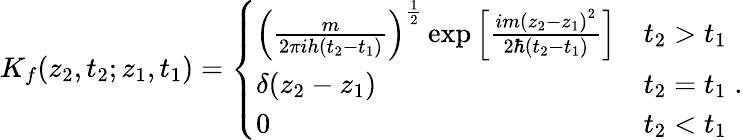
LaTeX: K_{f}(z_{2},t_{2};z_{1},t_{1})=\left\{ \begin{array}{ll}{{{\left(\frac{m}{2\pi ih(t_{2}-t_{1})}\right)}^{\frac{1}{2}}\exp\left[\frac{im{(z_{2}-z_{1})}^{2}}{2\hbar(t_{2}-t_{1})}\right]}}&{{t_{2}>t_{1}}}\\ {{\delta(z_{2}-z_{1})}}&{{t_{2}=t_{1}\; .}}\\ {{0}}&{{t_{2}<t_{1}}}\end{array}\right.